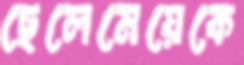
ছেলেমেয়েকে